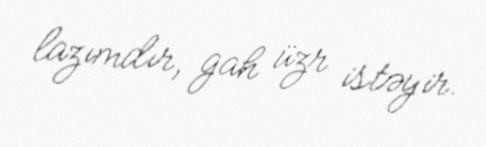
lazımdır, gah üzr istəyir.